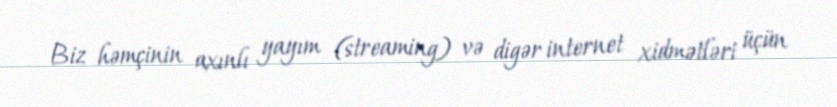
Biz həmçinin axınlı yayım (streaming) və digər internet xidmətləri üçün